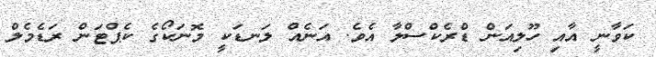
ކަވާނީ އާއި ހޫލިއަން ޑްރެކްސްލާ އެވެ. އަނެއް ލަނޑަކީ މޮނަކޯގެ ކެޕްޓަން ރަޑެމެލް